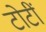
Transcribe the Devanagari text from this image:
टोटीं